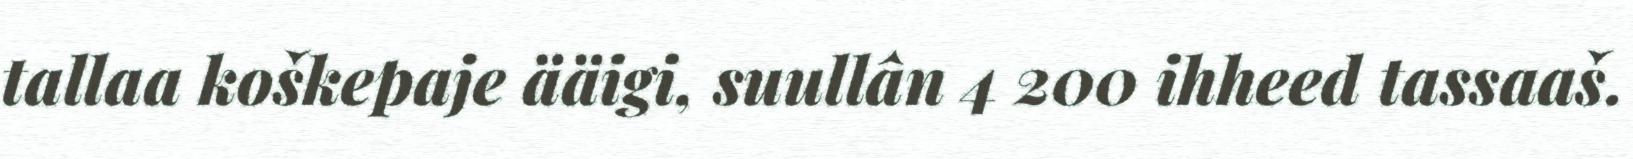
tallaa koškepaje ääigi, suullân 4 200 ihheed tassaaš.